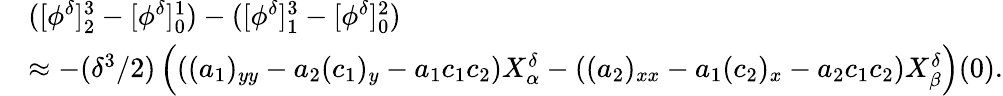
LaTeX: \begin{array}{rl}&{([\phi^{\delta}]_{2}^{3}-[\phi^{\delta}]_{0}^{1})-([\phi^{\delta}]_{1}^{3}-[\phi^{\delta}]_{0}^{2})}\\ &{\approx-(\delta^{3}/2)\left(\left((a_{1})_{yy}-a_{2}(c_{1})_{y}-a_{1}c_{1}c_{2}\right)X_{\alpha}^{\delta}-\left((a_{2})_{xx}-a_{1}(c_{2})_{x}-a_{2}c_{1}c_{2}\right)X_{\beta}^{\delta}\right)(0).}\end{array}